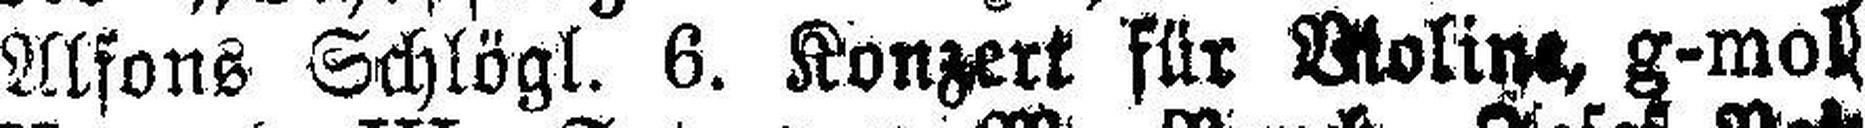
Alfons Schlögl. 6. Konzert für Violine, g-mol.